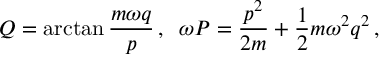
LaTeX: Q = \arctan \frac { m \omega q } { p } \, , \; \; \omega P = \frac { p ^ { 2 } } { 2 m } + \frac { 1 } { 2 } m \omega ^ { 2 } q ^ { 2 } \, ,